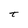
Character: T